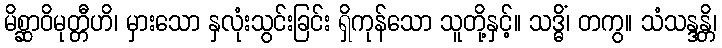
မိစ္ဆာဝိမုတ္တီဟိ၊ မှားသော နှလုံးသွင်းခြင်း ရှိကုန်သော သူတို့နှင့်။ သဒ္ဓိံ၊ တကွ။ သံသန္ဒန္တိ၊